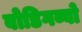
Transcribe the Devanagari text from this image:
बोडिगब्बो